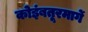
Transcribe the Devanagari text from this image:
कोइंबतूरमार्गे